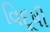
વિદૂષી